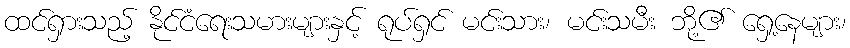
ထင်ရှားသည့် နိုင်ငံရေးသမားများနှင့် ရုပ်ရှင် မင်းသား၊ မင်းသမီး ဘို့၏ ရှေ့နေများ၊